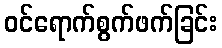
ဝင်ရောက်စွက်ဖက်ခြင်း